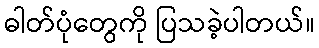
ဓါတ်ပုံတွေကို ပြသခဲ့ပါတယ်။